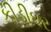
કીડીઘર